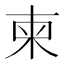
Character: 柬